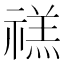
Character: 禚